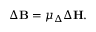
\Delta \mathbf { B } = \mu _ { \Delta } \Delta \mathbf { H } .